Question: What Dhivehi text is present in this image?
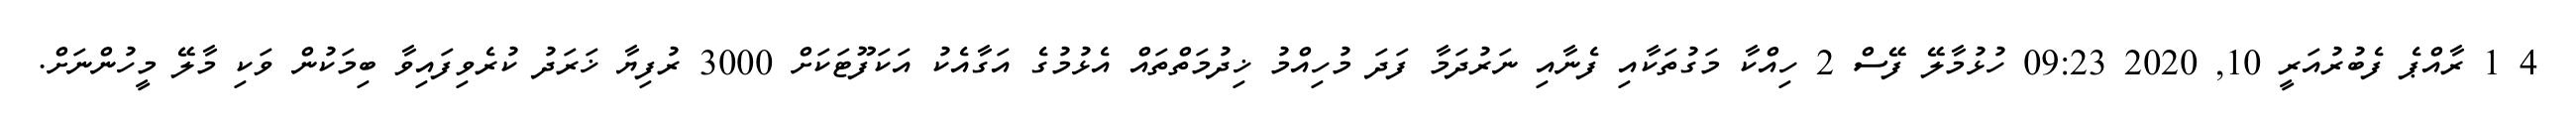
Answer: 4 1 ރާއްޕެ ފެބުރުއަރީ 10, 2020 09:23 ހުޅުމާލޭ ފޭސް 2 ހިއްކާ މަގުތަކާއި ފެނާއި ނަރުދަމާ ފަދަ މުހިއްމު ޚިދުމަތްތައް އެޅުމުގެ އަގާއެކު އަކަފޫޓަކަށް 3000 ރުފިޔާ ޚަރަދު ކުރެވިފައިވާ ބިމަކުން ވަކި މާލޭ މީހުންނަށް.